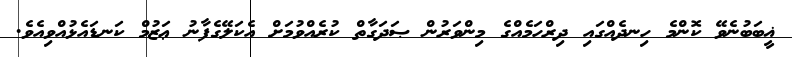
ޣީބަބުނެވޭ ކޮންމެ ހިނދެއްގައި ދިރްހަމެއްގެ މިންވަރުން ޞަދަގާތް ކުރެއްވުމަށް އެކަލޭގެފާނު ޢަޒުމް ކަނޑައެޅުއްވިއެވެ.